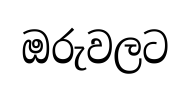
ඔරුවලට